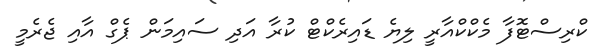
ކްރިސްޓޮފާ މެކްކްއާރީ ލިޔެ ޑައިރެކްޓް ކުރާ އަދި ސައިމަން ޕެގް އާއި ޖެރެމީ